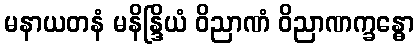
မနာယတနံ မနိန္ဒြိယံ ဝိညာဏံ ဝိညာဏက္ခန္ဓော